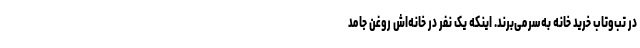
در تب‌وتاب خرید خانه به‌سرمی‌برند. اینکه یک نفر در خانه‌اش روغن جامد